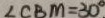
\angle C B M = 3 0 ^ { \circ }